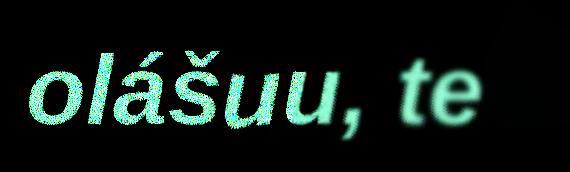
olášuu, te